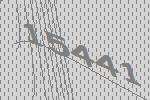
15441